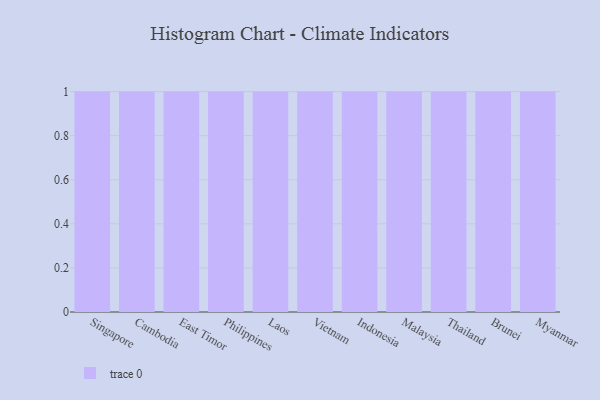
{"axis": {"x": "Country", "y": "LTV (USD)"}, "legend": [""], "data": [{"x": "Singapore", "y": 29, "type": ""}, {"x": "Cambodia", "y": 35, "type": ""}, {"x": "East Timor", "y": 16, "type": ""}, {"x": "Philippines", "y": 26, "type": ""}, {"x": "Laos", "y": 77, "type": ""}, {"x": "Vietnam", "y": 76, "type": ""}, {"x": "Indonesia", "y": 90, "type": ""}, {"x": "Malaysia", "y": 7, "type": ""}, {"x": "Thailand", "y": 28, "type": ""}, {"x": "Brunei", "y": 9, "type": ""}, {"x": "Myanmar", "y": 15, "type": ""}]}